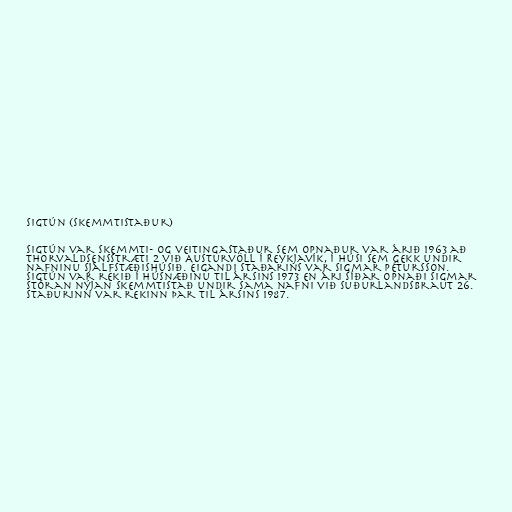
Sigtún (skemmtistaður)

Sigtún var skemmti- og veitingastaður sem opnaður var árið 1963 að
Thorvaldsensstræti 2 við Austurvöll í Reykjavík, í húsi sem gekk undir
nafninu Sjálfstæðishúsið. Eigandi staðarins var Sigmar Pétursson.
Sigtún var rekið í húsnæðinu til ársins 1973 en ári síðar opnaði Sigmar
stóran nýjan skemmtistað undir sama nafni við Suðurlandsbraut 26.
Staðurinn var rekinn þar til ársins 1987.